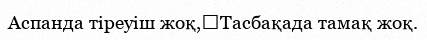
Аспанда тіреуіш жоқ,	Тасбақада тамақ жоқ.